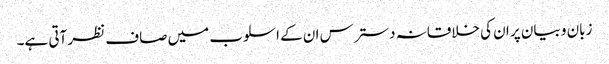
زبان و بیان پر ان کی خلاقانہ دسترس ان کے اسلوب میں صاف نظر آتی ہے۔